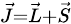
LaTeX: \scriptstyle{\vec{J}}={\vec{L}}+{\vec{S}}